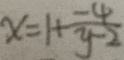
x = 1 + \frac { - 4 } { y - 2 }